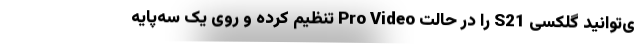
ی‌توانید گلکسی S21 را در حالت Pro Video تنظیم کرده و روی یک سه‌پایه